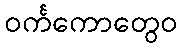
ဝင်္ကကောတွေဝ